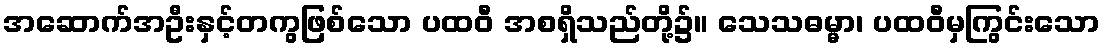
အဆောက်အဦးနှင့်တကွဖြစ်သော ပထဝီ အစရှိသည်တို့၌။ သေသဓမ္မာ၊ ပထဝီမှကြွင်းသော